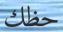
حظك